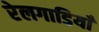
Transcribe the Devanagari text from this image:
रेलगाडियाँ